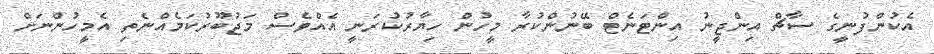
އެކުންފުނީގެ ސާޗް އިންޖީނު އިންޓަނެޓް ބޭނުންކުރާ މީހުން ހިޔާރުކުރަނީ އެއްވެސް މަޖުބޫރުކަމެއްނެތި އެމީހުންނަށް